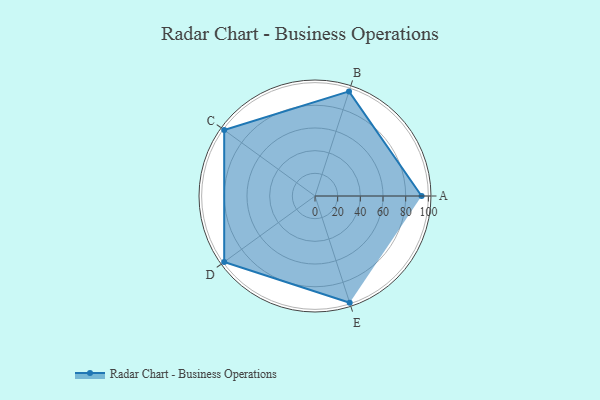
{"axis": {"x": "Skill", "y": "Score"}, "legend": ["Profile"], "data": [{"x": "A", "y": 94.0, "type": "Profile"}, {"x": "B", "y": 97.0, "type": "Profile"}, {"x": "C", "y": 99, "type": "Profile"}, {"x": "D", "y": 99, "type": "Profile"}, {"x": "E", "y": 99, "type": "Profile"}]}